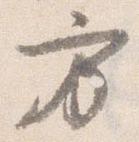
方